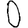
Digit: 0